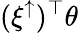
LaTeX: (\xi^{\uparrow})^{\top}\theta